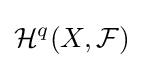
{\mathcal {H}}^{q}(X,{\mathcal {F}})